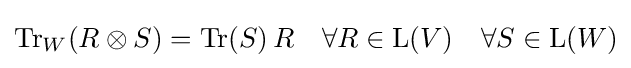
\operatorname {Tr} _{W}(R\otimes S)=\operatorname {Tr} (S)\,R\quad \forall R\in \operatorname {L} (V)\quad \forall S\in \operatorname {L} (W)